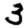
Digit: 3